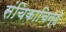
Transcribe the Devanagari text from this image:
संचिकाचिन्हे